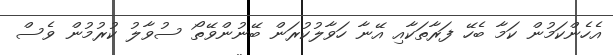
އެހެންކަމުން ކަމާ ބެހޭ ފަރާތަކާއި އޭނާ ހަވާލުކުރަން ބޭނުންވޭތޯ ސުވާލު ކުރުމުން ވެސް